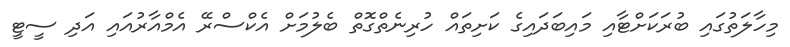
މިހާލަތުގައި ބުރަކަށްޓާއި މައިބަދައިގެ ކަށިތައް ހުރިނެތްގޮތް ބެލުމަށް އެކްސްރޭ އެމްއާރުއައި އަދި ސީޓީ